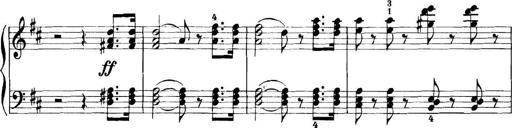
Title: 11 Sonatinas
Composer: Anton Diabelli